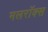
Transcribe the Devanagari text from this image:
मलरॉक्स